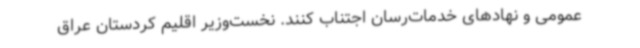
عمومی و نهادهای خدمات‌رسان اجتناب کنند. نخست‌وزیر اقلیم کردستان عراق